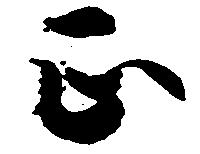
正